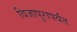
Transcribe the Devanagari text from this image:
विजापुरापर्यंत